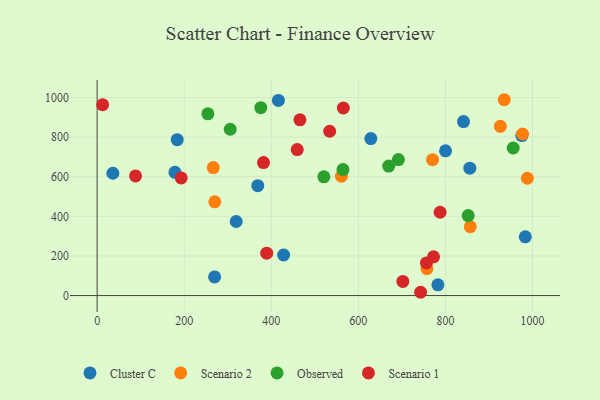
{"axis": {"x": "Ad Spend", "y": "Yield"}, "legend": ["Cluster C", "Observed", "Scenario 1", "Scenario 2"], "data": [{"x": "841.6", "y": 878.6, "type": "Cluster C"}, {"x": "319.4", "y": 374.0, "type": "Cluster C"}, {"x": "782.7", "y": 54.4, "type": "Cluster C"}, {"x": "628.7", "y": 792.7, "type": "Cluster C"}, {"x": "428.4", "y": 204.9, "type": "Cluster C"}, {"x": "416.4", "y": 985.4, "type": "Cluster C"}, {"x": "369.0", "y": 555.0, "type": "Cluster C"}, {"x": "983.5", "y": 296.7, "type": "Cluster C"}, {"x": "856.1", "y": 643.2, "type": "Cluster C"}, {"x": "183.9", "y": 787.5, "type": "Cluster C"}, {"x": "975.6", "y": 808.2, "type": "Cluster C"}, {"x": "178.8", "y": 622.4, "type": "Cluster C"}, {"x": "269.8", "y": 94.3, "type": "Cluster C"}, {"x": "800.3", "y": 730.7, "type": "Cluster C"}, {"x": "36.1", "y": 617.6, "type": "Cluster C"}, {"x": "857.1", "y": 347.9, "type": "Scenario 2"}, {"x": "270.2", "y": 473.6, "type": "Scenario 2"}, {"x": "266.8", "y": 646.2, "type": "Scenario 2"}, {"x": "926.2", "y": 854.7, "type": "Scenario 2"}, {"x": "770.4", "y": 686.3, "type": "Scenario 2"}, {"x": "935.1", "y": 989.0, "type": "Scenario 2"}, {"x": "757.4", "y": 135.6, "type": "Scenario 2"}, {"x": "561.2", "y": 603.1, "type": "Scenario 2"}, {"x": "988.3", "y": 592.5, "type": "Scenario 2"}, {"x": "977.2", "y": 815.8, "type": "Scenario 2"}, {"x": "669.8", "y": 653.9, "type": "Observed"}, {"x": "254.4", "y": 917.8, "type": "Observed"}, {"x": "564.7", "y": 636.1, "type": "Observed"}, {"x": "692.0", "y": 686.6, "type": "Observed"}, {"x": "375.9", "y": 948.9, "type": "Observed"}, {"x": "305.6", "y": 840.0, "type": "Observed"}, {"x": "520.8", "y": 599.7, "type": "Observed"}, {"x": "852.3", "y": 403.9, "type": "Observed"}, {"x": "955.7", "y": 745.2, "type": "Observed"}, {"x": "756.4", "y": 164.9, "type": "Scenario 1"}, {"x": "12.6", "y": 963.5, "type": "Scenario 1"}, {"x": "88.2", "y": 604.2, "type": "Scenario 1"}, {"x": "702.2", "y": 71.2, "type": "Scenario 1"}, {"x": "459.6", "y": 737.2, "type": "Scenario 1"}, {"x": "465.9", "y": 887.7, "type": "Scenario 1"}, {"x": "389.5", "y": 214.1, "type": "Scenario 1"}, {"x": "382.2", "y": 671.6, "type": "Scenario 1"}, {"x": "193.1", "y": 594.3, "type": "Scenario 1"}, {"x": "772.8", "y": 195.8, "type": "Scenario 1"}, {"x": "565.5", "y": 947.3, "type": "Scenario 1"}, {"x": "534.1", "y": 829.9, "type": "Scenario 1"}, {"x": "787.8", "y": 420.7, "type": "Scenario 1"}, {"x": "743.0", "y": 16.6, "type": "Scenario 1"}]}